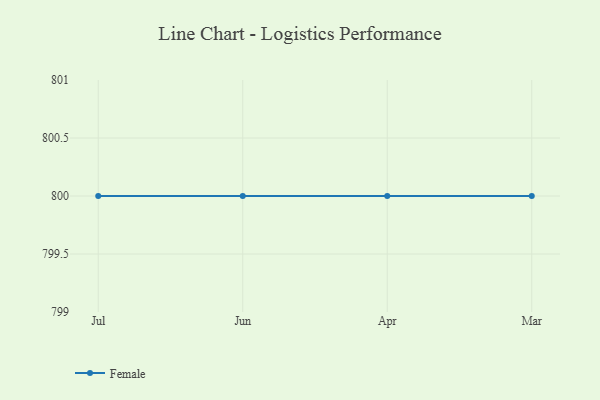
{"axis": {"x": "Month", "y": "Latency (ms)"}, "legend": ["Female"], "data": [{"x": "Jul", "y": 800, "type": "Female"}, {"x": "Jun", "y": 800, "type": "Female"}, {"x": "Apr", "y": 800, "type": "Female"}, {"x": "Mar", "y": 800, "type": "Female"}]}